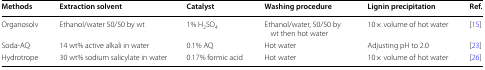
| Methods | Extraction solvent | Catalyst | Washing procedure | Lignin precipitation | Ref. |
 | --- | --- | --- | --- | --- | --- |
 | Organosolv | Ethanol/water 50/50 by wt | 1% H2SO4 | Ethanol/water, 50/50 by wt then hot water | 10× volume of hot water | [15] |
 | Soda-AQ | 14 wt% active alkali in water | 0.1% AQ | Hot water | Adjusting pH to 2.0 | [23] |
 | Hydrotrope | 30 wt% sodium salicylate in water | 0.17% formic acid | Hot water | 10× volume of hot water | [26] |